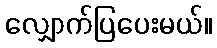
လျှောက်ပြပေးမယ်။